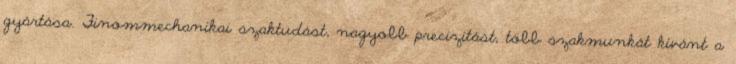
gyártása. Finommechanikai szaktudást, nagyobb precizitást, több szakmunkát kívánt a